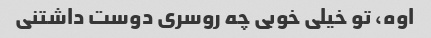
اوه، تو خیلی خوبی چه روسری دوست داشتنی